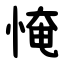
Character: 㤿